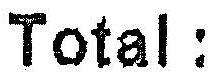
TOTAL :